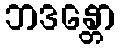
ဘဒန္တော